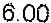
6.00